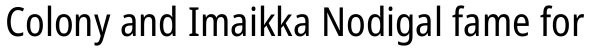
Colony and Imaikka Nodigal fame for